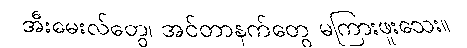
အီးမေးလ်တွေ၊ အင်တာနက်တွေ မကြားဖူးသေး။